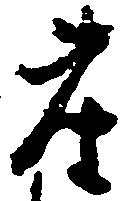
座